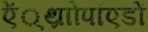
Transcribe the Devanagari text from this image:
ऐं्थ्राोपॉएडों